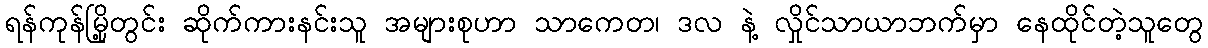
ရန်ကုန်မြို့တွင်း ဆိုက်ကားနင်းသူ အများစုဟာ သာကေတ၊ ဒလ နဲ့ လှိုင်သာယာဘက်မှာ နေထိုင်တဲ့သူတွေ